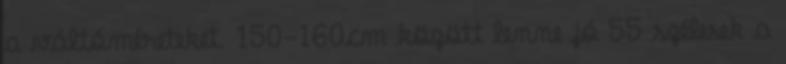
a váltóméreteket. 150-160cm között lenne jó 55 szélesek a